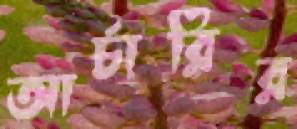
আর্চারির